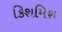
કિશમિશ